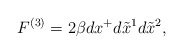
\begin{align*}F^{(3)} = 2\beta dx^+ d\tilde{x}^1 d\tilde{x}^2,\end{align*}